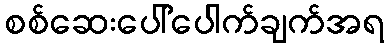
စစ်ဆေးပေါ်ပေါက်ချက်အရ